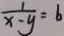
\frac { 1 } { x - y } = b